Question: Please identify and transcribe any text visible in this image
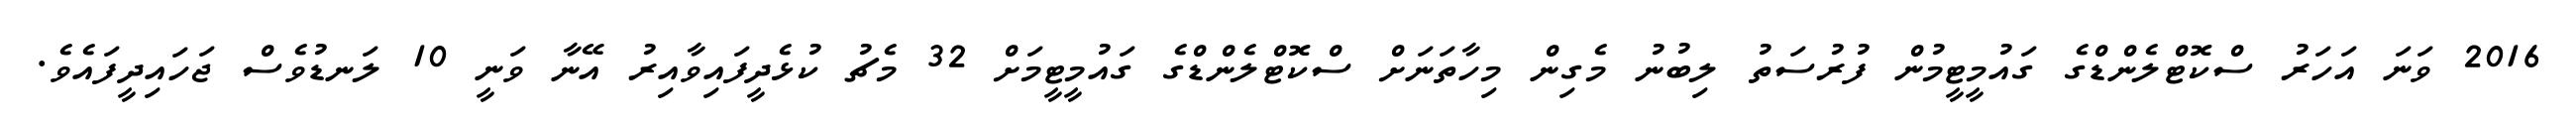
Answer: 2016 ވަނަ އަހަރު ސްކޮޓްލެންޑްގެ ގައުމީޓީމުން ފުރުސަތު ލިބުނު މެގިން މިހާތަނަށް ސްކޮޓްލެންޑްގެ ގައުމީޓީމަށް 32 މެޗު ކުޅެދީފައިވާއިރު އޭނާ ވަނީ 10 ލަނޑުވެސް ޖަހައިދީފައެވެ.